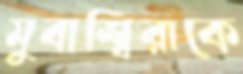
মুবাশ্বিরাকে